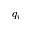
q _ { i }